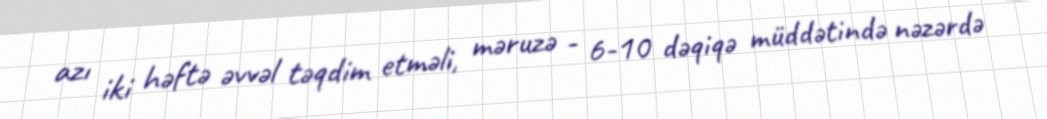
azı iki həftə əvvəl təqdim etməli, məruzə - 6-10 dəqiqə müddətində nəzərdə